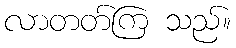
လာတတ်ကြ သည်။